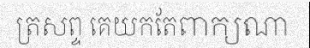
ត្រសព្ទ គេយកតែពាក្យណា